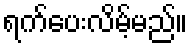
ရက်ပေးလိမ့်မည်။